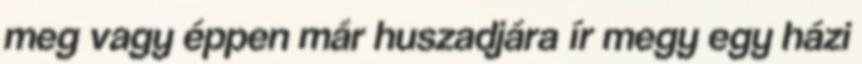
meg vagy éppen már huszadjára ír megy egy házi